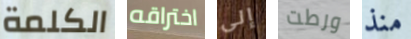
الكلمة اختراقه إلى ورطت منذ